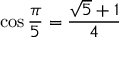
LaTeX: \cos { \frac { \pi } { 5 } } = { \frac { { \sqrt { 5 } } + 1 } { 4 } }